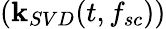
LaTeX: (\mathbf{k}_{SVD}(t,f_{sc}))